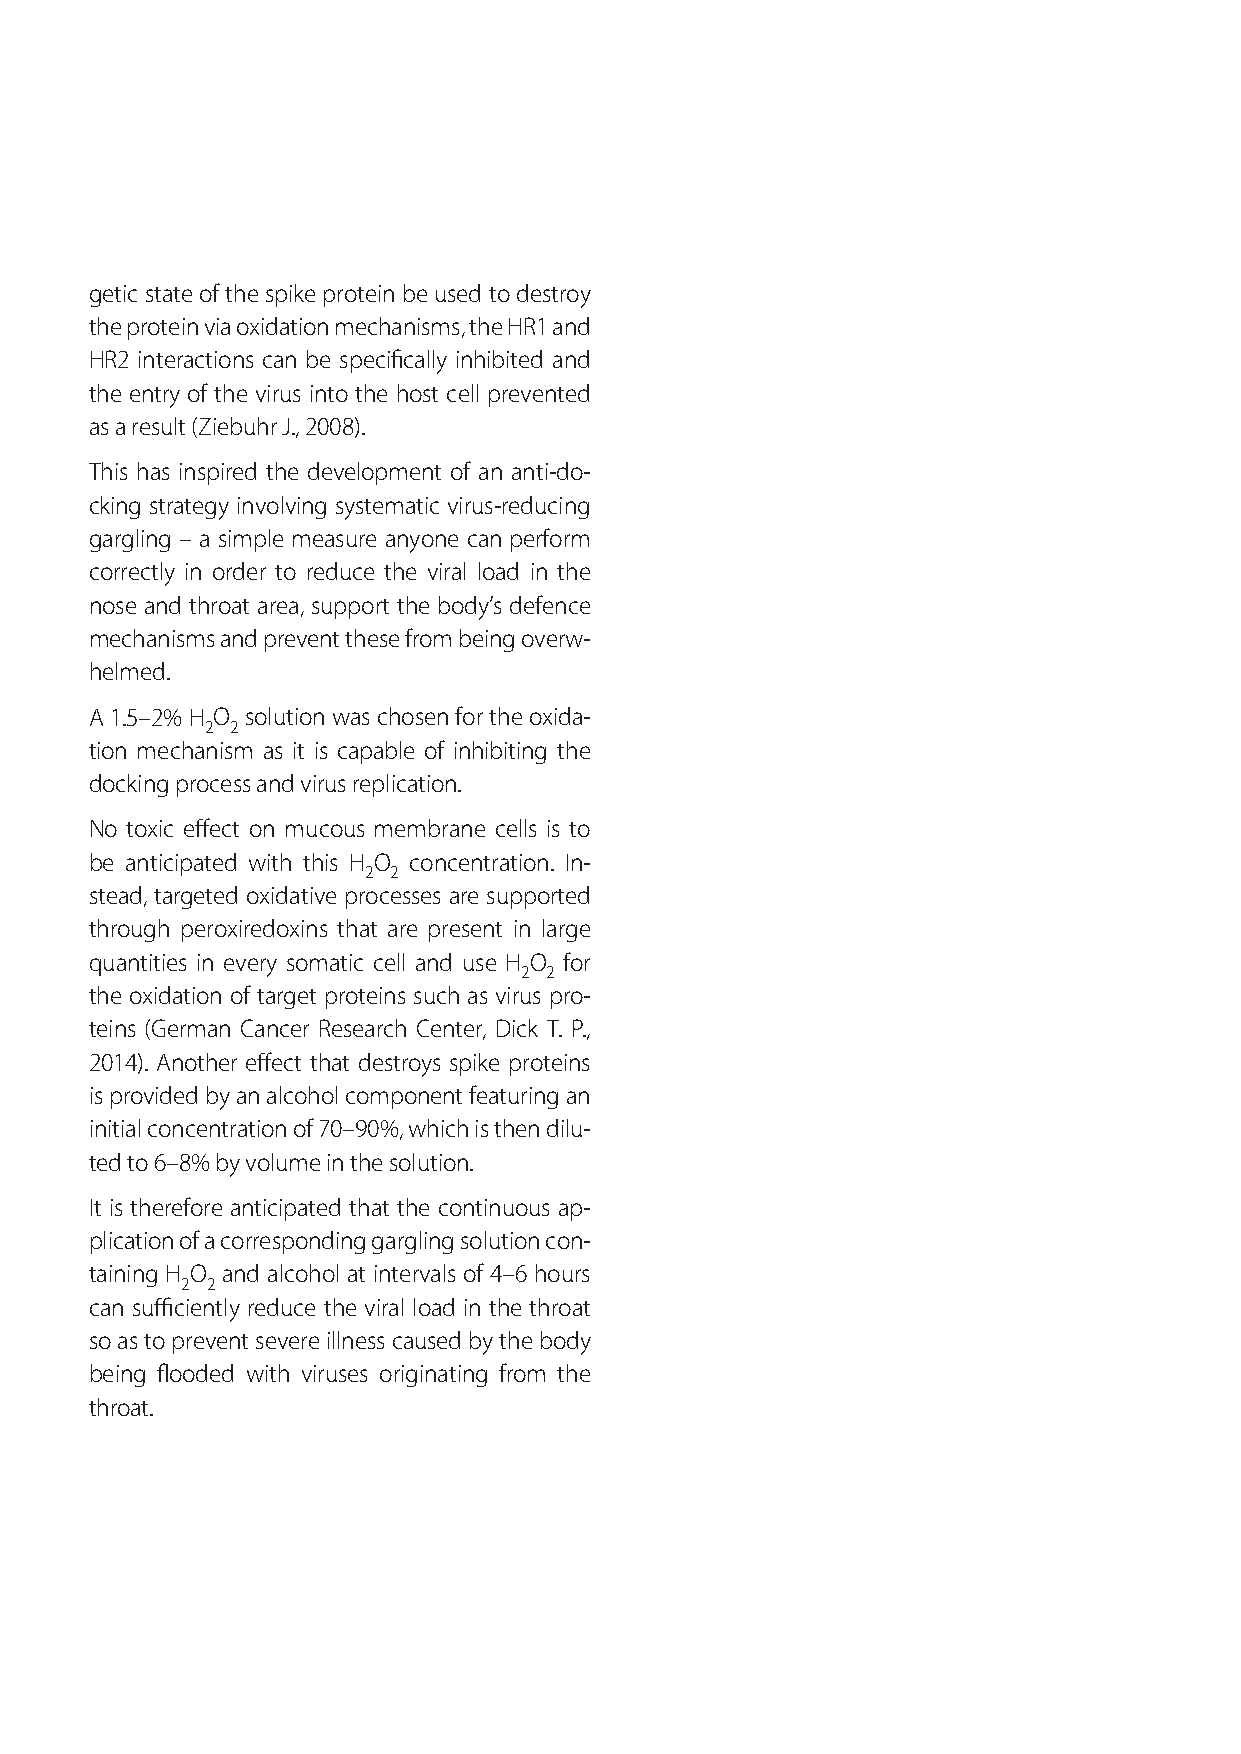
getic state of the spike protein be used to destroy
 the protein via oxidation mechanisms, the HR1 and
 HR2 interactions can be specifically inhibited and
 the entry of the virus into the host cell prevented
 as a result (Ziebuhr J., 2008).
 This has inspired the development of an anti-do-
 cking strategy involving systematic virus-reducing
 gargling – a simple measure anyone can perform
 correctly in order to reduce the viral load in the
 nose and throat area, support the body’s defence
 mechanisms and prevent these from being overw-
 helmed.
 A 1.5–2% H O solution was chosen for the oxida-
 2 2
 tion mechanism as it is capable of inhibiting the
 docking process and virus replication.
 No toxic effect on mucous membrane cells is to
 be anticipated with this H O concentration. In-
 2 2
 stead, targeted oxidative processes are supported
 through peroxiredoxins that are present in large
 quantities in every somatic cell and use H O for
 2 2
 the oxidation of target proteins such as virus pro-
 teins (German Cancer Research Center, Dick T. P.,
 2014). Another effect that destroys spike proteins
 is provided by an alcohol component featuring an
 initial concentration of 70–90%, which is then dilu-
 ted to 6–8% by volume in the solution.
 It is therefore anticipated that the continuous ap-
 plication of a corresponding gargling solution con-
 taining H O and alcohol at intervals of 4–6 hours
 2 2
 can sufficiently reduce the viral load in the throat
 so as to prevent severe illness caused by the body
 being flooded with viruses originating from the
 throat.